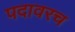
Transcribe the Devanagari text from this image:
पदावरच